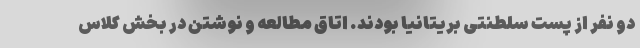
دو نفر از پست سلطنتی بریتانیا بودند. اتاق مطالعه و نوشتن در بخش کلاس